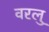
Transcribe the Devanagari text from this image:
वरलु